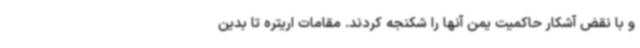
و با نقض آشکار حاکمیت یمن آنها را شکنجه کردند. مقامات اریتره تا بدین